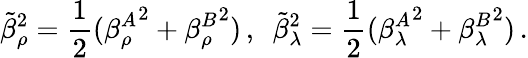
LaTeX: \tilde{\beta}_{\rho}^{2}=\frac{1}{2}({\beta_{\rho}^{A}}^{2}+{\beta_{\rho}^{B}}^{2})\, ,\ \ \tilde{\beta}_{\lambda}^{2}=\frac{1}{2}({\beta_{\lambda}^{A}}^{2}+{\beta_{\lambda}^{B}}^{2})\, .